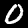
Label: 0